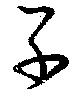
子